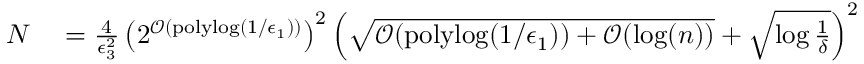
\begin{array} { r l } { N } & { { } = \frac { 4 } { \epsilon _ { 3 } ^ { 2 } } \left( 2 ^ { \mathcal { O } ( \mathrm { p o l y l o g } ( 1 / \epsilon _ { 1 } ) ) } \right) ^ { 2 } \left( \sqrt { \mathcal { O } ( \mathrm { p o l y l o g } ( 1 / \epsilon _ { 1 } ) ) + \mathcal { O } ( \log ( n ) ) } + \sqrt { \log \frac { 1 } { \delta } } \right) ^ { 2 } } \end{array}